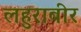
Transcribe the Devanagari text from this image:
लहुराबीर